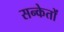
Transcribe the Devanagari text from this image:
सन्केतों